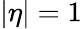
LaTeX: |\eta|=1